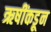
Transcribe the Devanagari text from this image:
ऋषींकडून